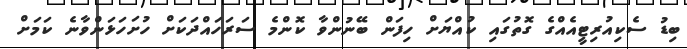
ބިޑު ސެކިއުރިޓީއެއްގެ ގޮތުގައި ކުއްޔަށް ހިފަން ބޭނުންވާ ކޮންމެ ސަރަހައްދަކަށް ހުށަހަޅަންވާނެ ކަމަށް